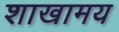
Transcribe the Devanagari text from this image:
शाखामय